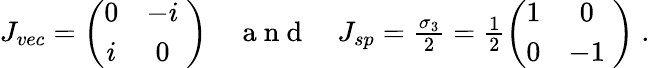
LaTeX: \begin{array}{r}{J_{vec}=\left(\begin{array}{cc}{0}&{-i}\\ {i}&{0}\end{array}\; \right)\quad\mathrm{~a~n~d~}\quad J_{sp}=\frac{\sigma_{3}}{2}=\frac{1}{2}\left(\begin{array}{cc}{1}&{0}\\ {0}&{-1}\end{array}\; \right)\; .}\end{array}